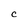
Character: C